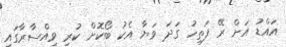
އައްޑު އަށް ރޭ ފަތިހު ގަދަ ވަޔާ އެކު ބޯކޮށް ކުރި ވިއްސާރާގައި